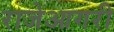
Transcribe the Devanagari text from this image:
राजेआगरी